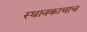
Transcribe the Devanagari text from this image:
स्थानकाचाच